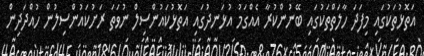
އަތޮޅުތަކުގައި މިފަދަ ހާލަތްތަކުގައި ބޭނުންކުރާ އެއްގަމު އުޅަނދުގައި އަތޮޅުކައުންސިލް ނުވަތަ ރަށުކައުންސިލުން ހުއްދަދިން